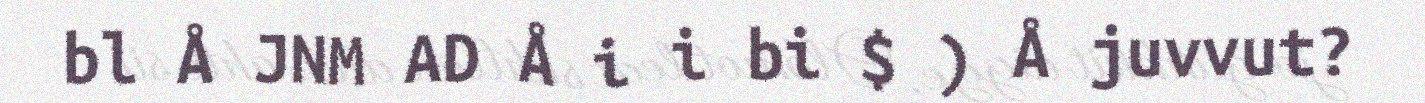
bl Å JNM AD Å i i bi $ ) Å juvvut?